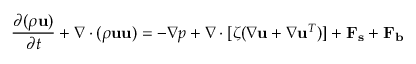
\frac { \partial ( \rho \mathbf { u } ) } { \partial t } + \nabla \cdot ( \rho \mathbf { u } \mathbf { u } ) = - \nabla p + \nabla \cdot [ \zeta ( \nabla \mathbf { u } + \nabla \mathbf { u } ^ { T } ) ] + \mathbf { F _ { s } } + \mathbf { F _ { b } }